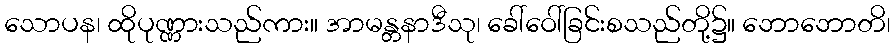
သောပန၊ ထိုပုဏ္ဏားသည်ကား။ အာမန္တနာဒီသု၊ ခေါ်ဝေါ်ခြင်းစသည်တို့၌။ ဘောဘောတိ၊